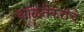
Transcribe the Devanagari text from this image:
आळतेकरांचे